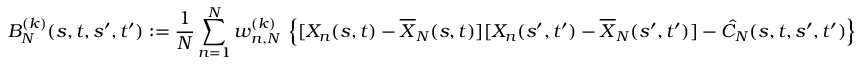
B _ { N } ^ { ( k ) } ( s , t , s ^ { \prime } , t ^ { \prime } ) : = \frac { 1 } { N } \sum _ { n = 1 } ^ { N } w _ { n , N } ^ { ( k ) } \, \left\{ [ X _ { n } ( s , t ) - \overline { { X } } _ { N } ( s , t ) ] [ X _ { n } ( s ^ { \prime } , t ^ { \prime } ) - \overline { { X } } _ { N } ( s ^ { \prime } , t ^ { \prime } ) ] - \hat { C } _ { N } ( s , t , s ^ { \prime } , t ^ { \prime } ) \right\}